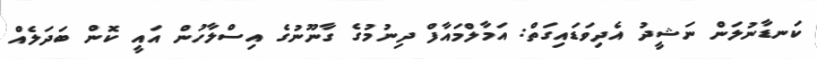
ކަނޑާނުލަން ނަޝީދު އެދިވަޑައިގަތް: އަމާލްމައާފް ދިނުމުގެ ގާނޫނުގެ އިސްލާހުން އައީ ކޮން ބަދަލެއް